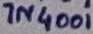
Text: 1N4001